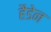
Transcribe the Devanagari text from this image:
हैडेन